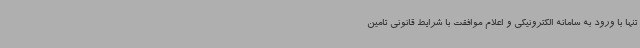
تنها با ورود به سامانه الکترونیکی و اعلام موافقت با شرایط قانونی تامین